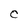
Character: C